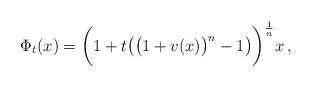
LaTeX: \begin{align*}\Phi_t(x)=\bigg(1+ t\big(\big(1+ v(x)\big)^n-1\big)\bigg)^{\frac{1}{n}}x\,,\end{align*}